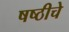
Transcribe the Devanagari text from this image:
षष्ठीचे